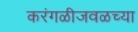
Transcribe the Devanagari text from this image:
करंगळीजवळच्या